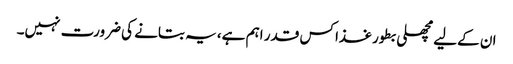
ان کےلیے مچھلی بطور غذا کس قدر اہم ہے، یہ بتانے کی ضرورت نہیں۔